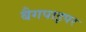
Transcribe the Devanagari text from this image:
बैगपाइपर